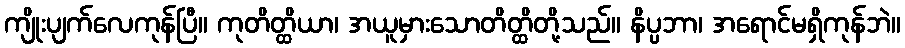
ကျိုးပျက်လေကုန်ပြီ။ ကုတိတ္ထိယာ၊ အယူမှားသောတိတ္ထိတို့သည်။ နိပ္ပဘာ၊ အရောင်မရှိကုန်ဘဲ။